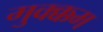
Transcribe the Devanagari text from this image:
मुक्क्कम